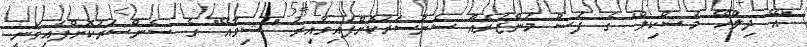
"އޭ ދިލްހޭ މުޝްކިލް" ގެ ފަސް މަންޒަރެއް ސެންސަރުކޮށްފައިވާއިރު "ޝިވާއޭ" ގެ ސެންސަރުކޮށްފައިވަނީ